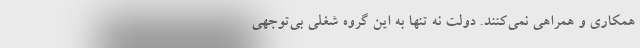
همکاری و همراهی نمی‌کنند. دولت نه تنها به این گروه شغلی بی‌توجهی